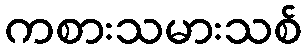
ကစားသမားသစ်